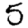
Digit: 5